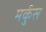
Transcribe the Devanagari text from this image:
मर्कुस